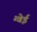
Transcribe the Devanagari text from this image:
ग्वेई